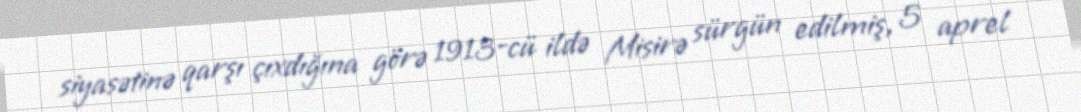
siyasətinə qarşı çıxdığına görə 1913-cü ildə Misirə sürgün edilmiş, 5 aprel